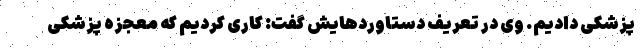
پزشکی دادیم. وی در تعریف دستاوردهایش گفت: کاری کردیم که معجزه پزشکی